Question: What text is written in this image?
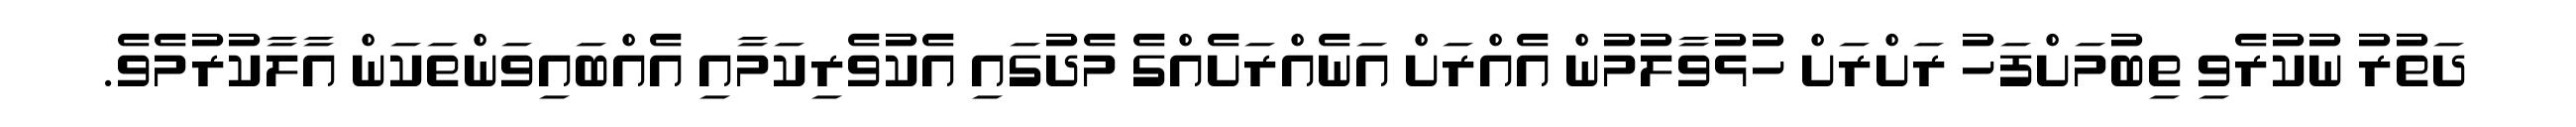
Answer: ދަތުރު ނުކުރެވި ތިބުމަށްފަހު ރަށްރަށް ހުޅުވާލުމުން އެއްރަށް އަނެއްރަށެއްގެ މެދުގައި އެކުވެރިކަމާއި އެއްބައިވަންތަކަން އާލާކުރުމެވެ.